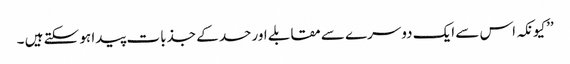
’’کیونکہ اس سے ایک دوسرے سے مقابلے اور حسد کے جذبات پیدا ہو سکتے ہیں ۔